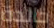
خالدة